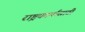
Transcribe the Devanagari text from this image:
राष्ट्रकार्यासाठी